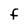
Character: F